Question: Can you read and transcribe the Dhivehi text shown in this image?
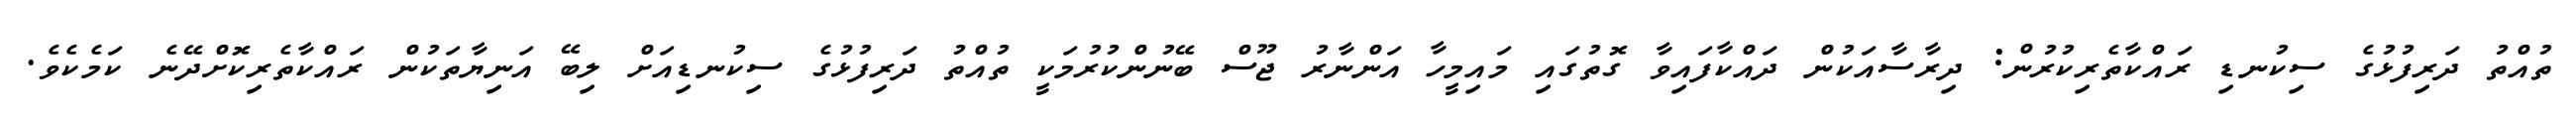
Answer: ތުއްތު ދަރިފުޅުގެ ސިކުނޑި ރައްކާތެރިކުރުން: ދިރާސާއަކުން ދައްކާފައިވާ ގޮތުގައި މައިމީހާ އަންނާރު ޖޫސް ބޭނުންކުރުމަކީ ތުއްތު ދަރިފުޅުގެ ސިކުނޑިއަށް ލިބޭ އަނިޔާތަކުން ރައްކާތެރިކޮށްދޭނެ ކަމެކެވެ.